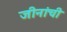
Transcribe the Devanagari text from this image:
जीनांची